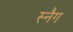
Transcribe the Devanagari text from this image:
स्नैग